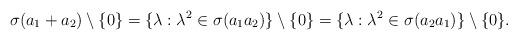
LaTeX: \begin{align*}\sigma(a_1+ a_2)\setminus \{0\} = \{\lambda: \lambda^2 \in \sigma(a_1a_2)\}\setminus\{0\} = \{\lambda: \lambda^2 \in \sigma(a_2a_1)\}\setminus\{0\}. \end{align*}